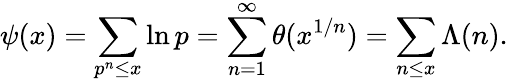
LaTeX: \psi(x)=\sum_{p^{n}\leq x}\ln p=\sum_{n=1}^{\infty}\theta(x^{1/n})=\sum_{n\leq x}\Lambda(n).